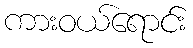
ကားဝယ်ရောင်း